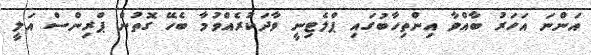
އަންނަ އަހަރު ބާއްވާ އިންތިހާބުގައި ޕްލެޓިނީ ވާދަކުރެއްވުމާ ބެހޭ ގޮތުން ޕްރިންސް އަލީ